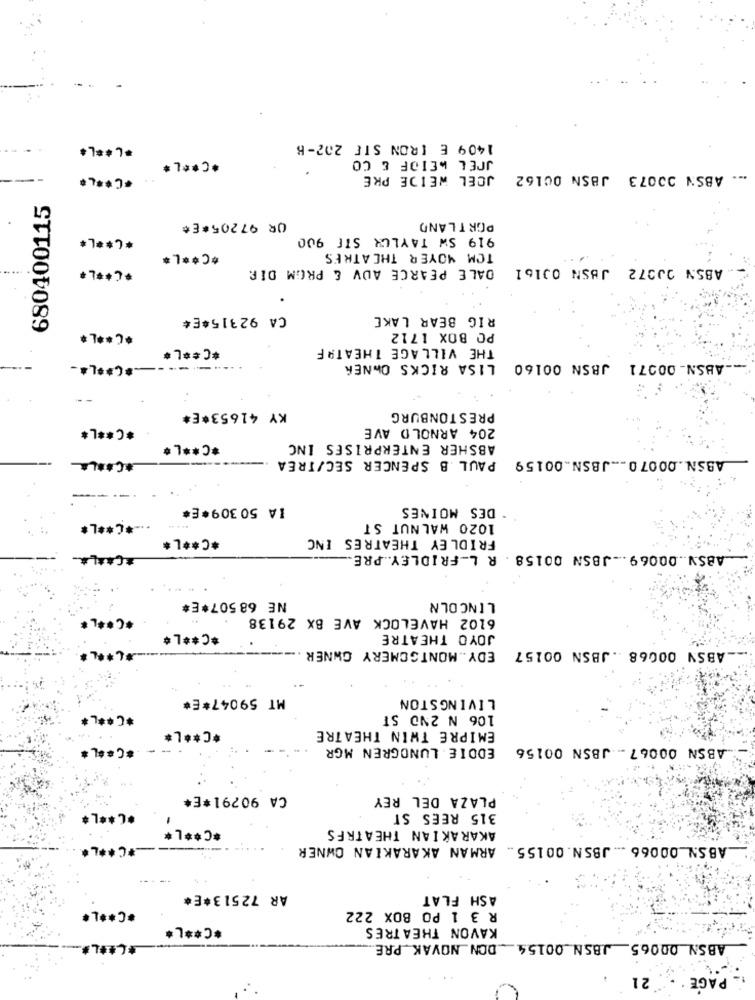
*L ** L*
1409 E IRON STE 202-B
*C ** L*
JOEL MEIOF & CO
*C ****
JOEL WEIDE PRE
ABSN 00073 JBSN 00162
680400115
UR 97205*E*
PORTLAND
*C ** L*
919 SW TAYLOR STE 900
*C ** L*
TOM MOYER THEATRES
******
DALE PEARCE ADV & PROM DIR
ABSIN 00372 JBSN 00161
.
CA 92315*E*
RIG BEAR LAKE
*C ****
PO BOX 1712
THE VILLAGE THEATRE
*C ** L*
.* C ** L *-
-----
LISA RICKS OWNER
JBSN 00160
ABSN_ 00971
KY 41653*E*
PRESTONBURG
*C ** L*
204 ARNOLD AVE
*C ** L*
ABSHER ENTERPRISES INC
ASSN.00070 ... JBSN .. 00159 PAUL B SPENCER SEC/TREA
*COLA
IA 50309*E#
DES MOINES
---* C ** L*
1020 WALNUT ST
*C ** L*
FRIDLEY THEATRES INC
*CAAL *_
ABSV .. 00069 ..- JBSN 00158 . R L-FRIDLEY. . PRE.
NE 68 507*E*
LINCOLN
******
6102 HAVELOCK AVE BX 29138
*C ** L*
JOYO THEATRE
EDY .. MONTGOMERY OWNER
ABSN 00068 . JBSN 00157
MT 59047*E*
LIVINGSTON
*C ****
106 N 2ND ST
*C ** L*
EMIPRE THIN THEATRE
*C ***
EDDIE LUNDGREN MGR
ABSN 00067 -. JBSN 00156
CA 90791*E*
PLAZA DEL REY
*C ** L*
315 REES ST
*C ** L*
AKARAKIAN THEATRES
-* C ****
ABSN_00066 ... JBSN. 00155 .. ARMAN AKARAKIAN OWNER
AR 72513*E*
ASH FLAT
*C ** L*
R 3 1 PO BOX 222
*C ** L*
KAVON THEATRES
ABSN 00065. J.BSN 00154 DON NOVAK PRE.
21
PAGE